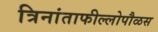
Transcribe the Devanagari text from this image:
त्रिनांताफील्लोपौळस